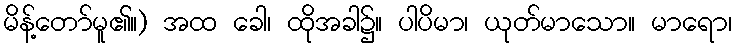
မိန့်တော်မူ၏။) အထ ခေါ၊ ထိုအခါ၌။ ပါပိမာ၊ ယုတ်မာသော။ မာရော၊